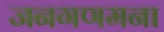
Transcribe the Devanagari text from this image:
जनगणमना